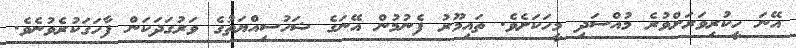
އޭނަ ހީކުރިވަރަށްވުރެ މުއްސަދި މީހަކަށެވެ. ތައިމޫރު ފެނުމުން އޭނަގެ ޝަހުސިއްޔަތުގެ ވަރުގަދަކަން ފާހަގަކުރެވުނެވެ.